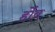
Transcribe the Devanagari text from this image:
र्होव